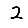
Digit: 2